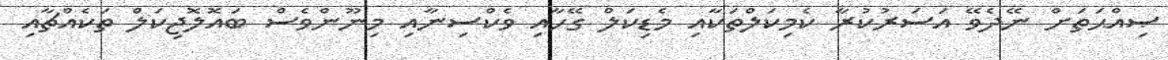
ޞިއްޙަތަށް ނޭދެވޭ އަސަރުކުރާ ކެމިކަލްތަކާއި މެޑިކަލް ގޭހާއި ވެކްސިނާއި މިނޫންވެސް ބައޮލޮޖިކަލް ތަކެއްޗާއި